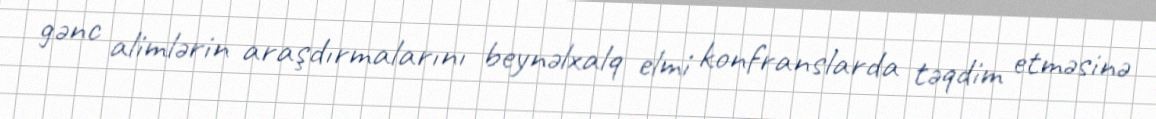
gənc alimlərin araşdırmalarını beynəlxalq elmi konfranslarda təqdim etməsinə